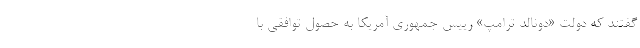
گفتند که دولت «دونالد ترامپ» رییس جمهوری آمریکا به حصول توافقی با